Plague in India, 1896, 1897 - Volume 3
Year: 1896
Disease focus: Plague
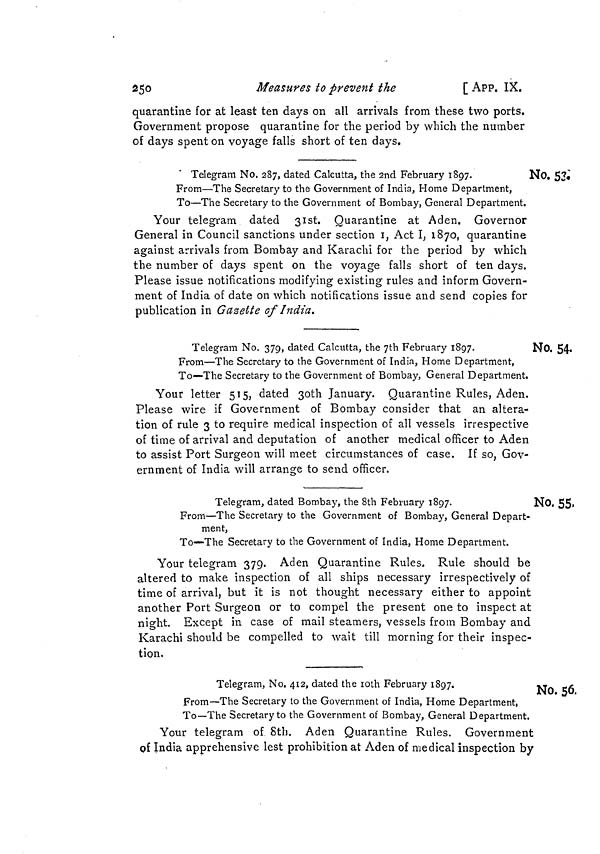
250
Measures to prevent the
[ APP. IX.
quarantine for at least ten days on all arrivals from these two ports.
Government propose quarantine for the period by which the number
of days spent on voyage falls short of ten days.
No. 5£
Telegram No. 287, dated Calcutta, the 2nd February 1897.
From—The Secretary to the Government of India, Home Department,
To—The Secretary to the Government of Bombay, General Department.
Your telegram dated 31st. Quarantine at Aden. Governor
General in Council sanctions under section I, Act I, 1870, quarantine
against arrivals from Bombay and Karachi for the period by which
the number of days spent on the voyage falls short of ten days.
Please issue notifications modifying existing rules and inform Govern-
ment of India of date on which notifications issue and send copies for
publication in Gasette of India.
No. 54.
Telegram No. 379, dated Calcutta, the 7th February 1897.
From—The Secretary to the Government of India, Home Department,
To—The Secretary to the Government of Bombay, General Department.
Your letter 515, dated 3oth January. Quarantine Rules, Aden.
Please wire if Government of Bombay consider that an altera-
tion of rule 3 to require medical inspection of all vessels irrespective
of time of arrival and deputation of another medical officer to Aden
to assist Port Surgeon will meet circumstances of case. If so, Gov-
ernment of India will arrange to send officer.
No. 55.
Telegram, dated Bombay, the 8th February 1897.
From—The Secretary to the Government of Bombay, General Depart-
ment,
To—The Secretary to the Government of India, Home Department.
Your telegram 379. Aden Quarantine Rules. Rule should be
altered to make inspection of all ships necessary irrespectively of
time of arrival, but it is not thought necessary either to appoint
another Port Surgeon or to compel the present one to inspect at
night. Except in case of mail steamers, vessels from Bombay and
Karachi should be compelled to wait till morning for their inspec-
tion.
No. 56.
Telegram, No. 412, dated the loth February 1897.
From—The Secretary to the Government of India, Home Department,
To—The Secretary to the Government of Bombay, General Department.
Your telegram of 8th. Aden Quarantine Rules. Government
of India apprehensive lest prohibition at Aden of medical inspection by